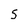
Character: S